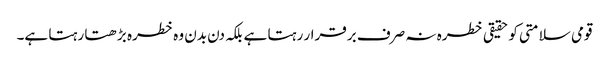
قومی سلامتی کو حقیقی خطرہ نہ صرف برقرار رہتا ہے بلکہ دن بدن وہ خطرہ بڑھتا رہتا ہے۔